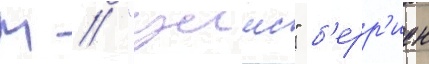
М // "уимс" б'ерр'иен